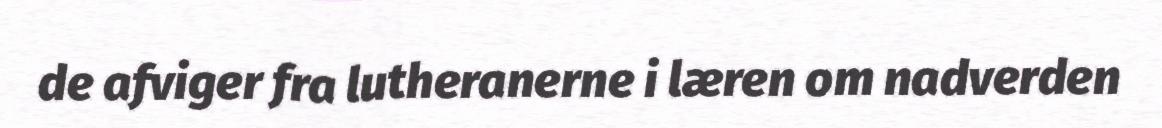
de afviger fra lutheranerne i læren om nadverden